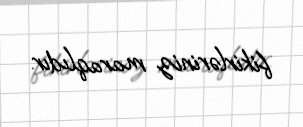
fikirləriniz maraqlıdır.